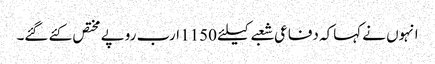
انہوں نے کہاکہ دفاعی شعبے کیلئے 1150 ارب روپے مختص کئے گئے۔